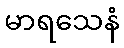
မာရသေနံ